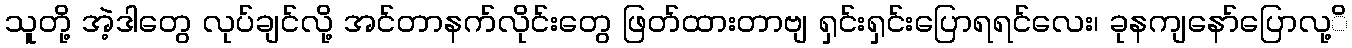
သူတို့ အဲ့ဒါတွေ လုပ်ချင်လို့ အင်တာနက်လိုင်းတွေ ဖြတ်ထားတာဗျ ရှင်းရှင်းပြောရရင်လေး၊ ခုနကျနော်ပြောလု့ိ